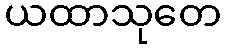
ယထာသုတေ